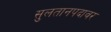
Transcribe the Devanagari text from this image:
सुलतानपदावर